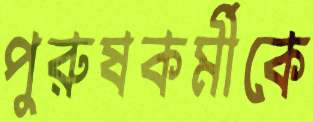
পুরুষকর্মীকে